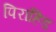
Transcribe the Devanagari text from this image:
पिराहिड